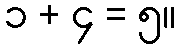
၁ + ၄ = ၅။